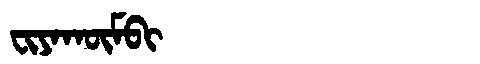
Manchu: ᠸᡳᠶᠠᡴᡡᠮᠪᡳ
Romanization: FIYAKŪMBI